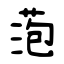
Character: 萢